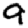
Digit: 9